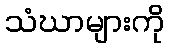
သံဃာများကို